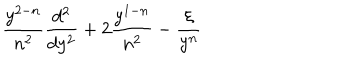
\frac { y ^ { 2 - n } } { n ^ { 2 } } \frac { d ^ { 2 } } { d y ^ { 2 } } + 2 \frac { y ^ { 1 - n } } { n ^ { 2 } } - \frac { \xi } { y ^ { n } }